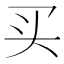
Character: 买